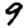
Digit: 9